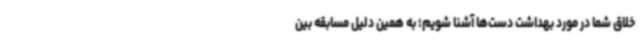
خلاق شما در مورد بهداشت دست‌ها آشنا شویم؛ به همین دلیل مسابقه بین